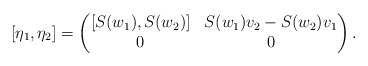
\begin{align*}\left[\eta_1,\eta_2\right]= \begin{pmatrix} [S(w_1),S(w_2)] & S(w_1) v_2-S(w_2)v_1 \\ 0 & 0 \end{pmatrix}.\end{align*}